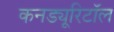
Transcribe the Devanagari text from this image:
कनड्यूरिटॉल